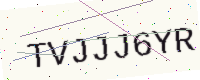
Text: TVJJJ6YR